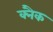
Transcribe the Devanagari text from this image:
क्नैक